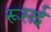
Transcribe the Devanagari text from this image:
रूसई